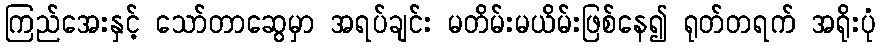
ကြည်အေးနှင့် သော်တာဆွေမှာ အရပ်ချင်း မတိမ်းမယိမ်းဖြစ်နေ၍ ရုတ်တရက် အရိုးပုံ